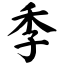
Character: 季